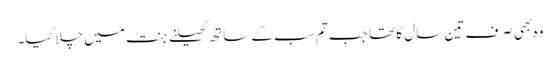
وہ بھی صرف تین سال کا تھا جب تم سب کے ساتھ کھیلنے جنت میں چلا گیا۔